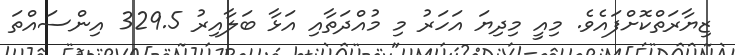
ޒިޔާރަތްކޮށްފައެވެ. މިއީ މިދިޔަ އަހަރު މި މުއްދަތާއި އަޅާ ބަލާއިރު 329.5 އިންސައްތަ